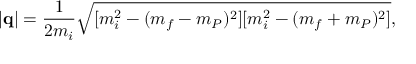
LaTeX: \vert { \bf q } \vert = \frac { 1 } { 2 m _ { i } } { \sqrt { [ m _ { i } ^ { 2 } - ( m _ { f } - m _ { P } ) ^ { 2 } ] [ m _ { i } ^ { 2 } - ( m _ { f } + m _ { P } ) ^ { 2 } ] } } ,